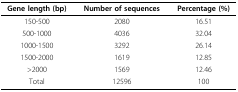
<table><thead><tr><td><b>Gene length (bp)</b></td><td><b>Number of sequences</b></td><td><b>Percentage (%)</b></td></tr></thead><tbody><tr><td>150-500</td><td>2080</td><td>16.51</td></tr><tr><td>500-1000</td><td>4036</td><td>32.04</td></tr><tr><td>1000-1500</td><td>3292</td><td>26.14</td></tr><tr><td>1500-2000</td><td>1619</td><td>12.85</td></tr><tr><td>&gt;2000</td><td>1569</td><td>12.46</td></tr><tr><td>Total</td><td>12596</td><td>100</td></tr></tbody></table>